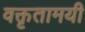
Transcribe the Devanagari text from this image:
वक्तृतामयी